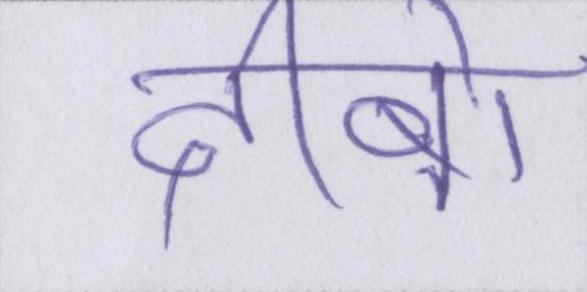
दीबो